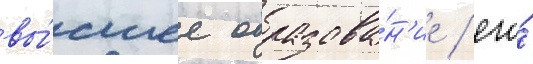
вы́сшее образова́н'ие / его́